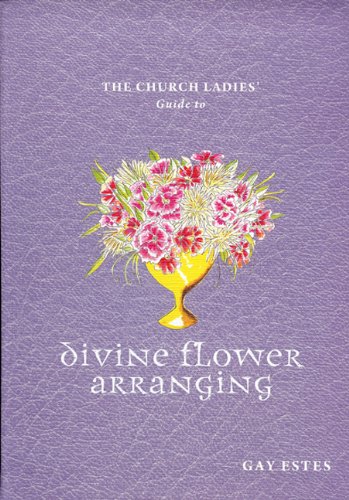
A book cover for The Church Ladies' Guide to Divine Flower Arranging; Gay Estes; Crafts, Hobbies & Home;